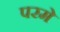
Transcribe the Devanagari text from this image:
परमे